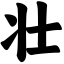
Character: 壮